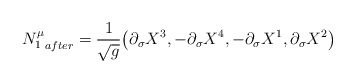
\begin{align*}{N^\mu_1}_{after} =\frac 1{\sqrt{g}} \big(\partial_\sigma X^3,- \partial_\sigma X^4, -\partial_\sigma X^1, \partial_\sigma X^2\big)\end{align*}